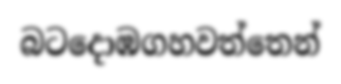
බටදොඹගහවත්තෙන්